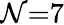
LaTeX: \mathcal{N}{=}7